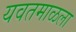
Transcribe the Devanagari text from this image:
यवतमाळला